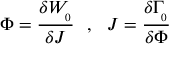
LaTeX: \Phi = \frac { \delta W _ { \L \L _ { 0 } } } { \delta J } ~ ~ , ~ ~ J = \frac { \delta \Gamma _ { \L \L _ { 0 } } } { \delta \Phi }